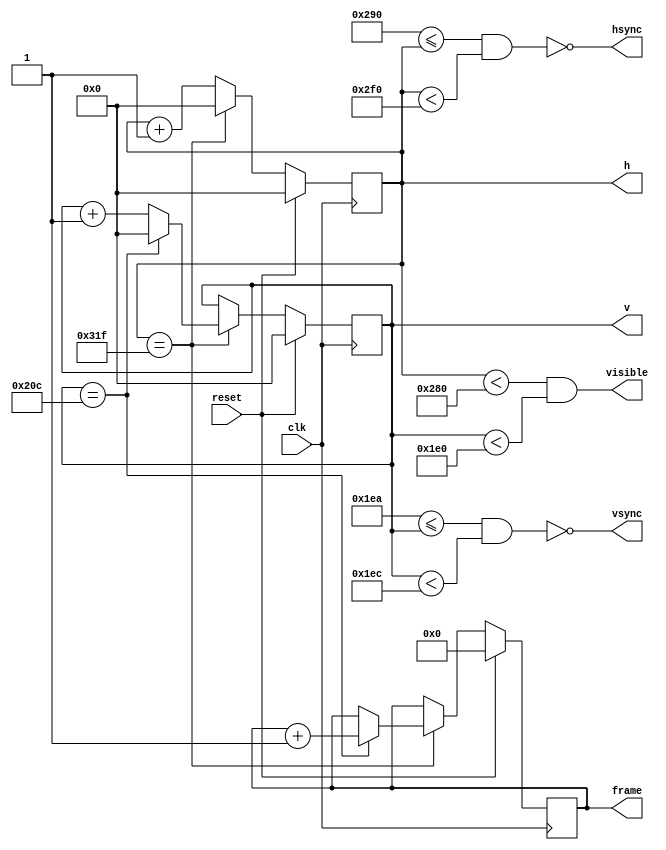
// SPDX-FileCopyrightText: 2023 Anton Maurovic <anton@maurovic.com>
//
// Licensed under the Apache License, Version 2.0 (the "License");
// you may not use this file except in compliance with the License.
// You may obtain a copy of the License at
//
//      http://www.apache.org/licenses/LICENSE-2.0
//
// Unless required by applicable law or agreed to in writing, software
// distributed under the License is distributed on an "AS IS" BASIS,
// WITHOUT WARRANTIES OR CONDITIONS OF ANY KIND, either express or implied.
// See the License for the specific language governing permissions and
// limitations under the License.
// SPDX-License-Identifier: Apache-2.0


`default_nettype none
`timescale 1ns / 1ps

module vga_sync #(
  parameter HRES        = 640,
  parameter HF          = 16,
  parameter HS          = 96,
  parameter HB          = 48,
  parameter VRES        = 480,
  parameter VF          = 10,
  parameter VS          = 2,
  parameter VB          = 33
)(
  input clk,          // 25MHz clock.
  input reset,        // Reset: active HIGH.
  output hsync,
  output vsync,
  output visible,
  output reg [9:0] h, // 0..799
  output reg [9:0] v, // 0..524
  output reg [10:0] frame // frame counter, for now limited to 0..2047
);
  localparam HFULL = HRES+HF+HS+HB;
  localparam VFULL = VRES+VF+VS+VB;

  wire hmax = h == (HFULL-1); //NOTE: Because we don't care about values ABOVE hmax, we can also look for &{h[9:8], h[5:0]} i.e. 10'b11xx111111 (and in fact, can we compare exactly with this?)
  wire vmax = v == (VFULL-1); //NOTE: Because we don't care about values ABOVE vmax, we can also look for &{v[9],   v[3:2]} i.e. 10'b1xxxxx11xx (and in fact, can we compare exactly with this?)

  //SMELL: Would it be better to use equality and set a reg to detect when we enter/leave visible regions, instead of using full comparators?
  assign visible = h < HRES && v < VRES;
  assign hsync = ~((HRES+HF) <= h && h < (HRES+HF+HS));
  assign vsync = ~((VRES+VF) <= v && v < (VRES+VF+VS));

  always @(posedge clk) begin

    if (reset) begin
      //NOTE: We might not need to care too much about doing this reset if we want to be really
      // compact, because ANY state will eventually come good within 1 or 2 frames.
      h <= 0;
      v <= 0;
      frame <= 0;
    end else begin
      // Increment pixel counter:
      h <= hmax ? 10'b0 : h+1'b1; // Roll over horizontal scan when we've hit hmax.

      if (hmax) begin
        // Increment line counter:
        v <= vmax ? 10'b0 : v+1'b1;

        if (vmax) begin
          // End of frame; animation can happen here...
          frame <= frame + 1'b1;
        end // if (vmax)
      end //if (hmax)
    end // else (i.e. not in reset)
  end

endmodule